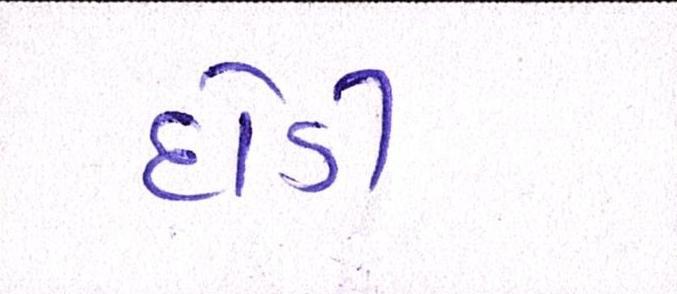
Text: દોડી